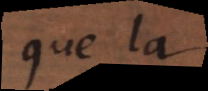
que la